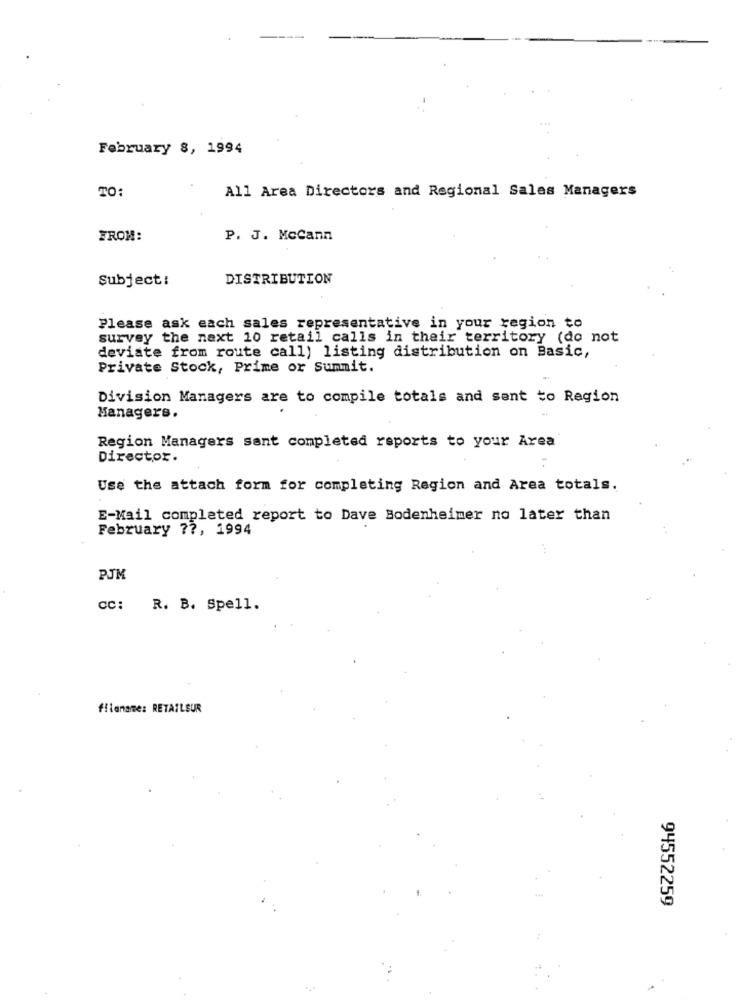
February 8, 1994
All Area Directors and Regional Sales Managers
TO:
FROM:
P. J. McCann
Subject:
DISTRIBUTION
Please ask each sales representative in your region to
survey the next 10 retail calls in their territory (do not
deviate from route call) listing distribution on Basic,
Private Stock, Prime or Summit.
Division Managers are to compile totals and sent to Region
Managers.
Region Managers sant completed reports to your Area
Director.
Use the attach form for completing Region and Area totals.
E-Mail completed report to Dave Bodenheimer no later than
February ??, 1994
PJM
CC: R. B. Spell.
filename: RETAILEUR
94552259